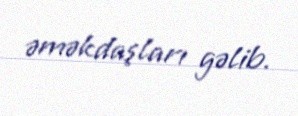
əməkdaşları gəlib.